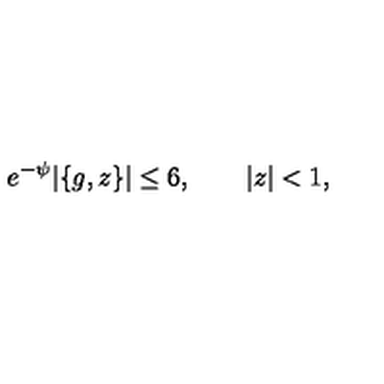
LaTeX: e ^ { - \psi } | \{ g , z \} | \le 6 , \qquad | z | < 1 ,